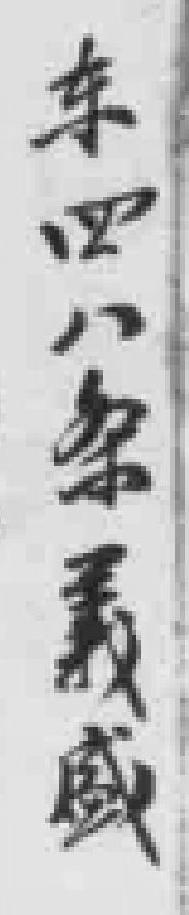
东四八条義盛